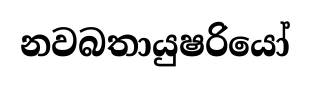
නවබතායුෂරියෝ